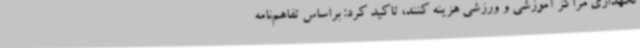
نگهداری مراکز آموزشی و ورزشی هزینه کنند، تاکید کرد: براساس تفاهم‌نامه